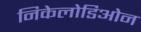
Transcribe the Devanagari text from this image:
निकेलोडिओन